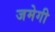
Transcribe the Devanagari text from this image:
जमेगी